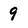
Character: 9